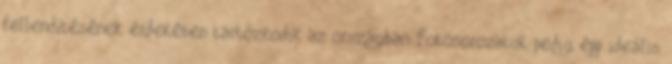
fellendítésének érdekében tartózkodik az országban. Fotósorozatuk pedig épp ideális